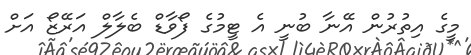
މީގެ އިތުރުން އޭނާ ބުނީ އެ ޓީމުގެ ފޯވާޑް ބެލާލް އަރޭޒޯ އަށް